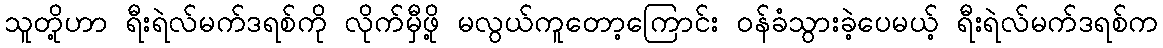
သူတို့ဟာ ရီးရဲလ်မက်ဒရစ်ကို လိုက်မှီဖို့ မလွယ်ကူတော့ကြောင်း ဝန်ခံသွားခဲ့ပေမယ့် ရီးရဲလ်မက်ဒရစ်က